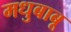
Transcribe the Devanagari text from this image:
मधुबाबू